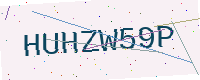
Text: HUHZW59P